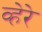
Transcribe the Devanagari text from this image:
व्हेरे